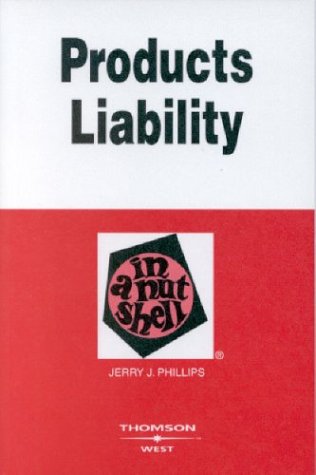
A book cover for Products Liability in a Nutshell (Nutshell Series); Jerry J. Phillips; Law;